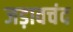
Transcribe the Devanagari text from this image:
जड़ावचंद